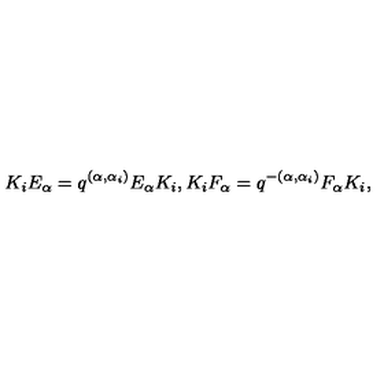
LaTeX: K _ { i } E _ { \alpha } = q ^ { ( \alpha , \alpha _ { i } ) } E _ { \alpha } K _ { i } , K _ { i } F _ { \alpha } = q ^ { - ( \alpha , \alpha _ { i } ) } F _ { \alpha } K _ { i } ,